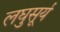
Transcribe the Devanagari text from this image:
लघुसूर्य